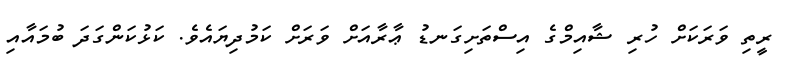
ރީތި ވަރަކަށް ހުރި ޝާއިމްގެ އިސްތަށިގަނޑު ޢާރާއަށް ވަރަށް ކަމުދިޔައެވެ. ކަޅުކަންގަދަ ބުމައާއި